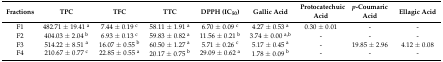
<table><thead><tr><td><b>Fractions</b></td><td><b>TPC</b></td><td><b>TFC</b></td><td><b>TTC</b></td><td><b>DPPH (IC<sub>50</sub>)</b></td><td><b>Gallic Acid</b></td><td><b>Protocatechuic Acid</b></td><td><b><i>p</i>-Coumaric Acid</b></td><td><b>Ellagic Acid</b></td></tr></thead><tbody><tr><td>F1</td><td>482.71 ± 19.41 <sup>a</sup></td><td>7.44 ± 0.19 <sup>c</sup></td><td>58.11 ± 1.91 <sup>a</sup></td><td>6.70 ± 0.09 <sup>c</sup></td><td>4.27 ± 0.53 <sup>a</sup></td><td>0.30 ± 0.01</td><td>-</td><td>-</td></tr><tr><td>F2</td><td>404.03 ± 2.04 <sup>b</sup></td><td>6.93 ± 0.13 <sup>c</sup></td><td>59.83 ± 0.82 <sup>a</sup></td><td>11.56 ± 0.21 <sup>b</sup></td><td>3.74 ± 0.00 <sup>a,b</sup></td><td>-</td><td>-</td><td>-</td></tr><tr><td>F3</td><td>514.22 ± 8.51 <sup>a</sup></td><td>16.07 ± 0.55 <sup>b</sup></td><td>60.50 ± 1.27 <sup>a</sup></td><td>5.71 ± 0.26 <sup>c</sup></td><td>5.17 ± 0.45 <sup>a</sup></td><td>-</td><td>19.85 ± 2.96</td><td>4.12 ± 0.08</td></tr><tr><td>F4</td><td>210.67 ± 0.77 <sup>c</sup></td><td>22.85 ± 0.55 <sup>a</sup></td><td>20.17 ± 0.75 <sup>b</sup></td><td>29.09 ± 0.62 <sup>a</sup></td><td>1.78 ± 0.09 <sup>b</sup></td><td>-</td><td>-</td><td>-</td></tr></tbody></table>